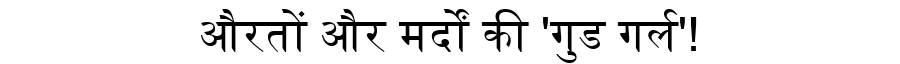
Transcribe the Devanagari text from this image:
औरतों और मर्दों की 'गुड गर्ल'!